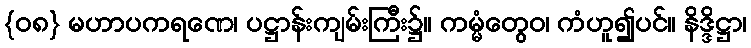
{၀၈} မဟာပကရဏေ၊ ပဋ္ဌာန်းကျမ်းကြီး၌။ ကမ္မံတွေဝ၊ ကံဟူ၍ပင်။ နိဒ္ဒိဋ္ဌာ၊